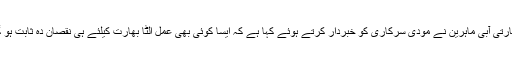
بھارتی آبی ماہرین نے مودی سرکاری کو خبردار کرتے ہوئے کہا ہے کہ ایسا کوئی بھی عمل الٹا بھارت کیلئے ہی نقصان دہ ثابت ہو گا۔